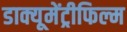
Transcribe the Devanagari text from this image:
डाक्यूमेंट्रीफिल्म